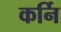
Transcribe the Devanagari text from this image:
कर्नि